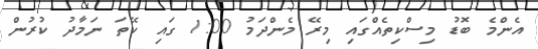
އެންމެ ބޮޑު މިސްކިތެއްގައި މިރޭ މެންދަމު 1:00 ގައި ކޭތަ ނަމާދު ކުރުން